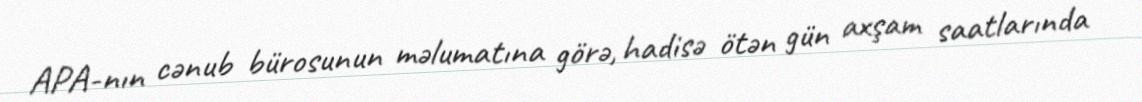
APA-nın cənub bürosunun məlumatına görə, hadisə ötən gün axşam saatlarında